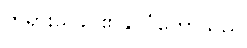
ဘုရားသခင်၏နိုင်ငံတော်သည်